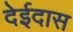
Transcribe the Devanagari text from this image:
देईदास